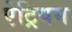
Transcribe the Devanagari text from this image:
ऐट्रियम